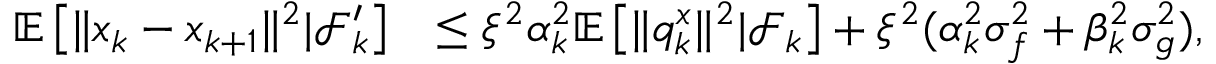
\begin{array} { r l } { \mathbb { E } \left[ \| x _ { k } - x _ { k + 1 } \| ^ { 2 } | \mathcal { F } _ { k } ^ { \prime } \right] } & { \le \xi ^ { 2 } \alpha _ { k } ^ { 2 } \mathbb { E } \left[ \| q _ { k } ^ { x } \| ^ { 2 } | \mathcal { F } _ { k } \right] + \xi ^ { 2 } ( \alpha _ { k } ^ { 2 } \sigma _ { f } ^ { 2 } + \beta _ { k } ^ { 2 } \sigma _ { g } ^ { 2 } ) , } \end{array}